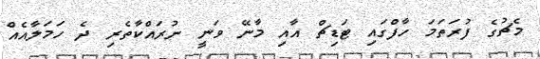
މެޗުގެ ފުރަތަމަ ހާފްގައި ޓަޑިޗް އާއި މާނޭ ވަނީ ނުރައްކާތެރި ދެ ހަމަލާއެއް